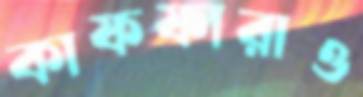
কাফফারাও